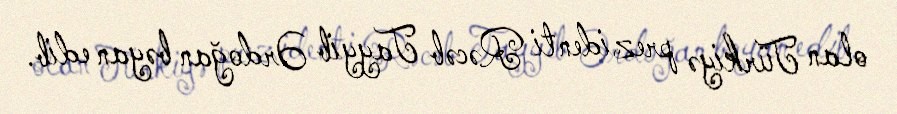
olan Türkiyə prezidenti Rəcəb Tayyib Ərdoğan bəyan edib.